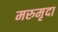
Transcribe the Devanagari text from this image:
मरुमृदा